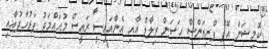
ކޮމިޝަނާ އޮފް ޕްރިޒަންސް ހަސަން ޒިލާލް އާއި އެންއައިސީ ރައީސް މުޙައްމަދު ފަރުހާދުއާއި